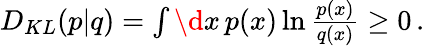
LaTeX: \begin{array}{r}{D_{KL}(p|q)=\int\d x\, p(x)\ln\frac{p(x)}{q(x)}\geq 0\, .}\end{array}